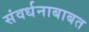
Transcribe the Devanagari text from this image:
संवर्धनाबाबत